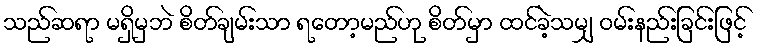
သည်ဆရာ မရှိမှဘဲ စိတ်ချမ်းသာ ရတော့မည်ဟု စိတ်မှာ ထင်ခဲ့သမျှ ဝမ်းနည်းခြင်းဖြင့်